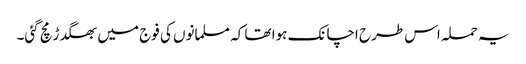
یہ حملہ اس طرح اچانک ہوا تھا کہ مسلمانوں کی فوج میں بھگدڑ مچ گئی۔